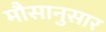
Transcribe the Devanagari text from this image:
मौसानुसार